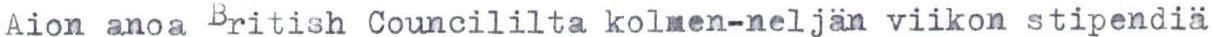
Aion anoa British Councililta kolmen-neljän viikon stipendiä